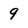
Character: 9